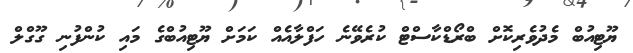
ޔޫޓިއުބް މެދުވެރިކޮށް ބްރޯޑްކާސްޓް ކުރެވޭނެ ހަފްލާއެއް ކަމަށް ޔޫޓިއުބްގެ މައި ކުންފުނި ގޫގްލް